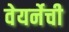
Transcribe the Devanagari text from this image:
वेयर्नेची